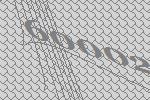
60002